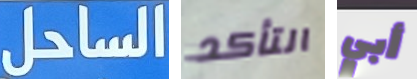
الساحل التأكد أبي